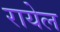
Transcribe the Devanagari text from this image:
रायेल